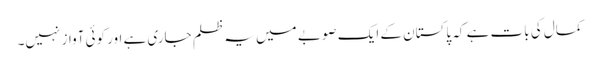
کمال کی بات ہے کہ پاکستان کے ایک صوبے میں یہ ظلم جاری ہے اور کوئی آواز نہیں۔